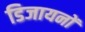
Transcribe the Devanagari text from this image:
डिजायनों